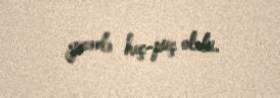
gecədə heç-puç oldu.